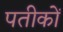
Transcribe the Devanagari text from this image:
पतीकों